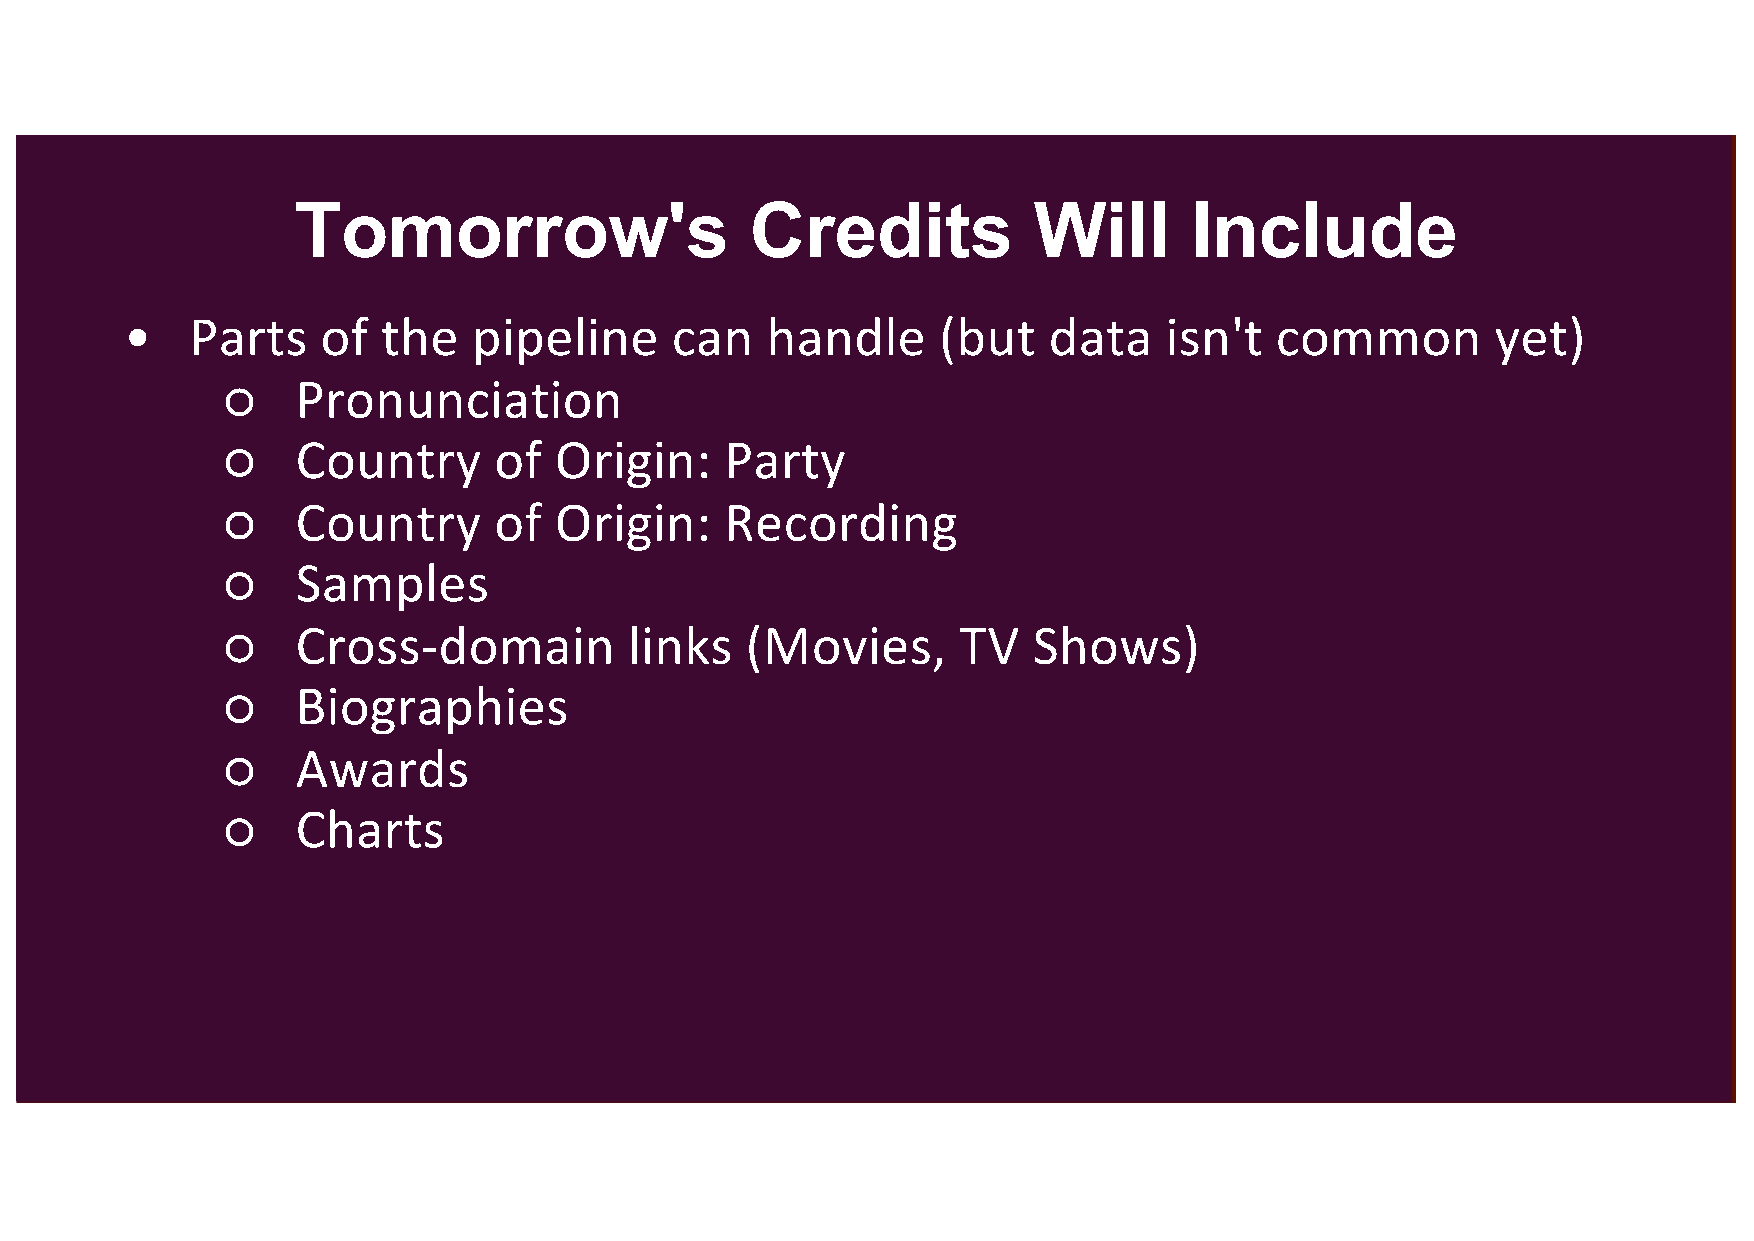
Tomorrow's                    Credits           Will       Include
 •    Parts   of  the   pipeline     can    handle     (but   data    isn't  common         yet)
 ○    Pronunciation
 ○    Country      of  Origin:    Party
 ○    Country      of  Origin:    Recording
 ○    Samples
 ○    Cross-domain          links  (Movies,       TV  Shows)
 ○    Biographies
 ○    Awards
 ○    Charts